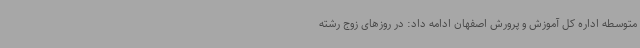
متوسطه اداره کل آموزش و پرورش اصفهان ادامه داد: در روزهای زوج رشته